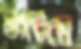
খাটিয়ে